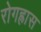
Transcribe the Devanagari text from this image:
रोगह्रास